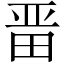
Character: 𭻍